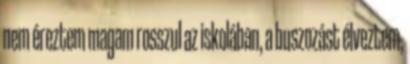
nem éreztem magam rosszul az iskolában, a buszozást élveztem,